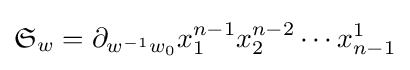
{\mathfrak {S}}_{w}=\partial _{w^{-1}w_{0}}x_{1}^{n-1}x_{2}^{n-2}\cdots x_{n-1}^{1}